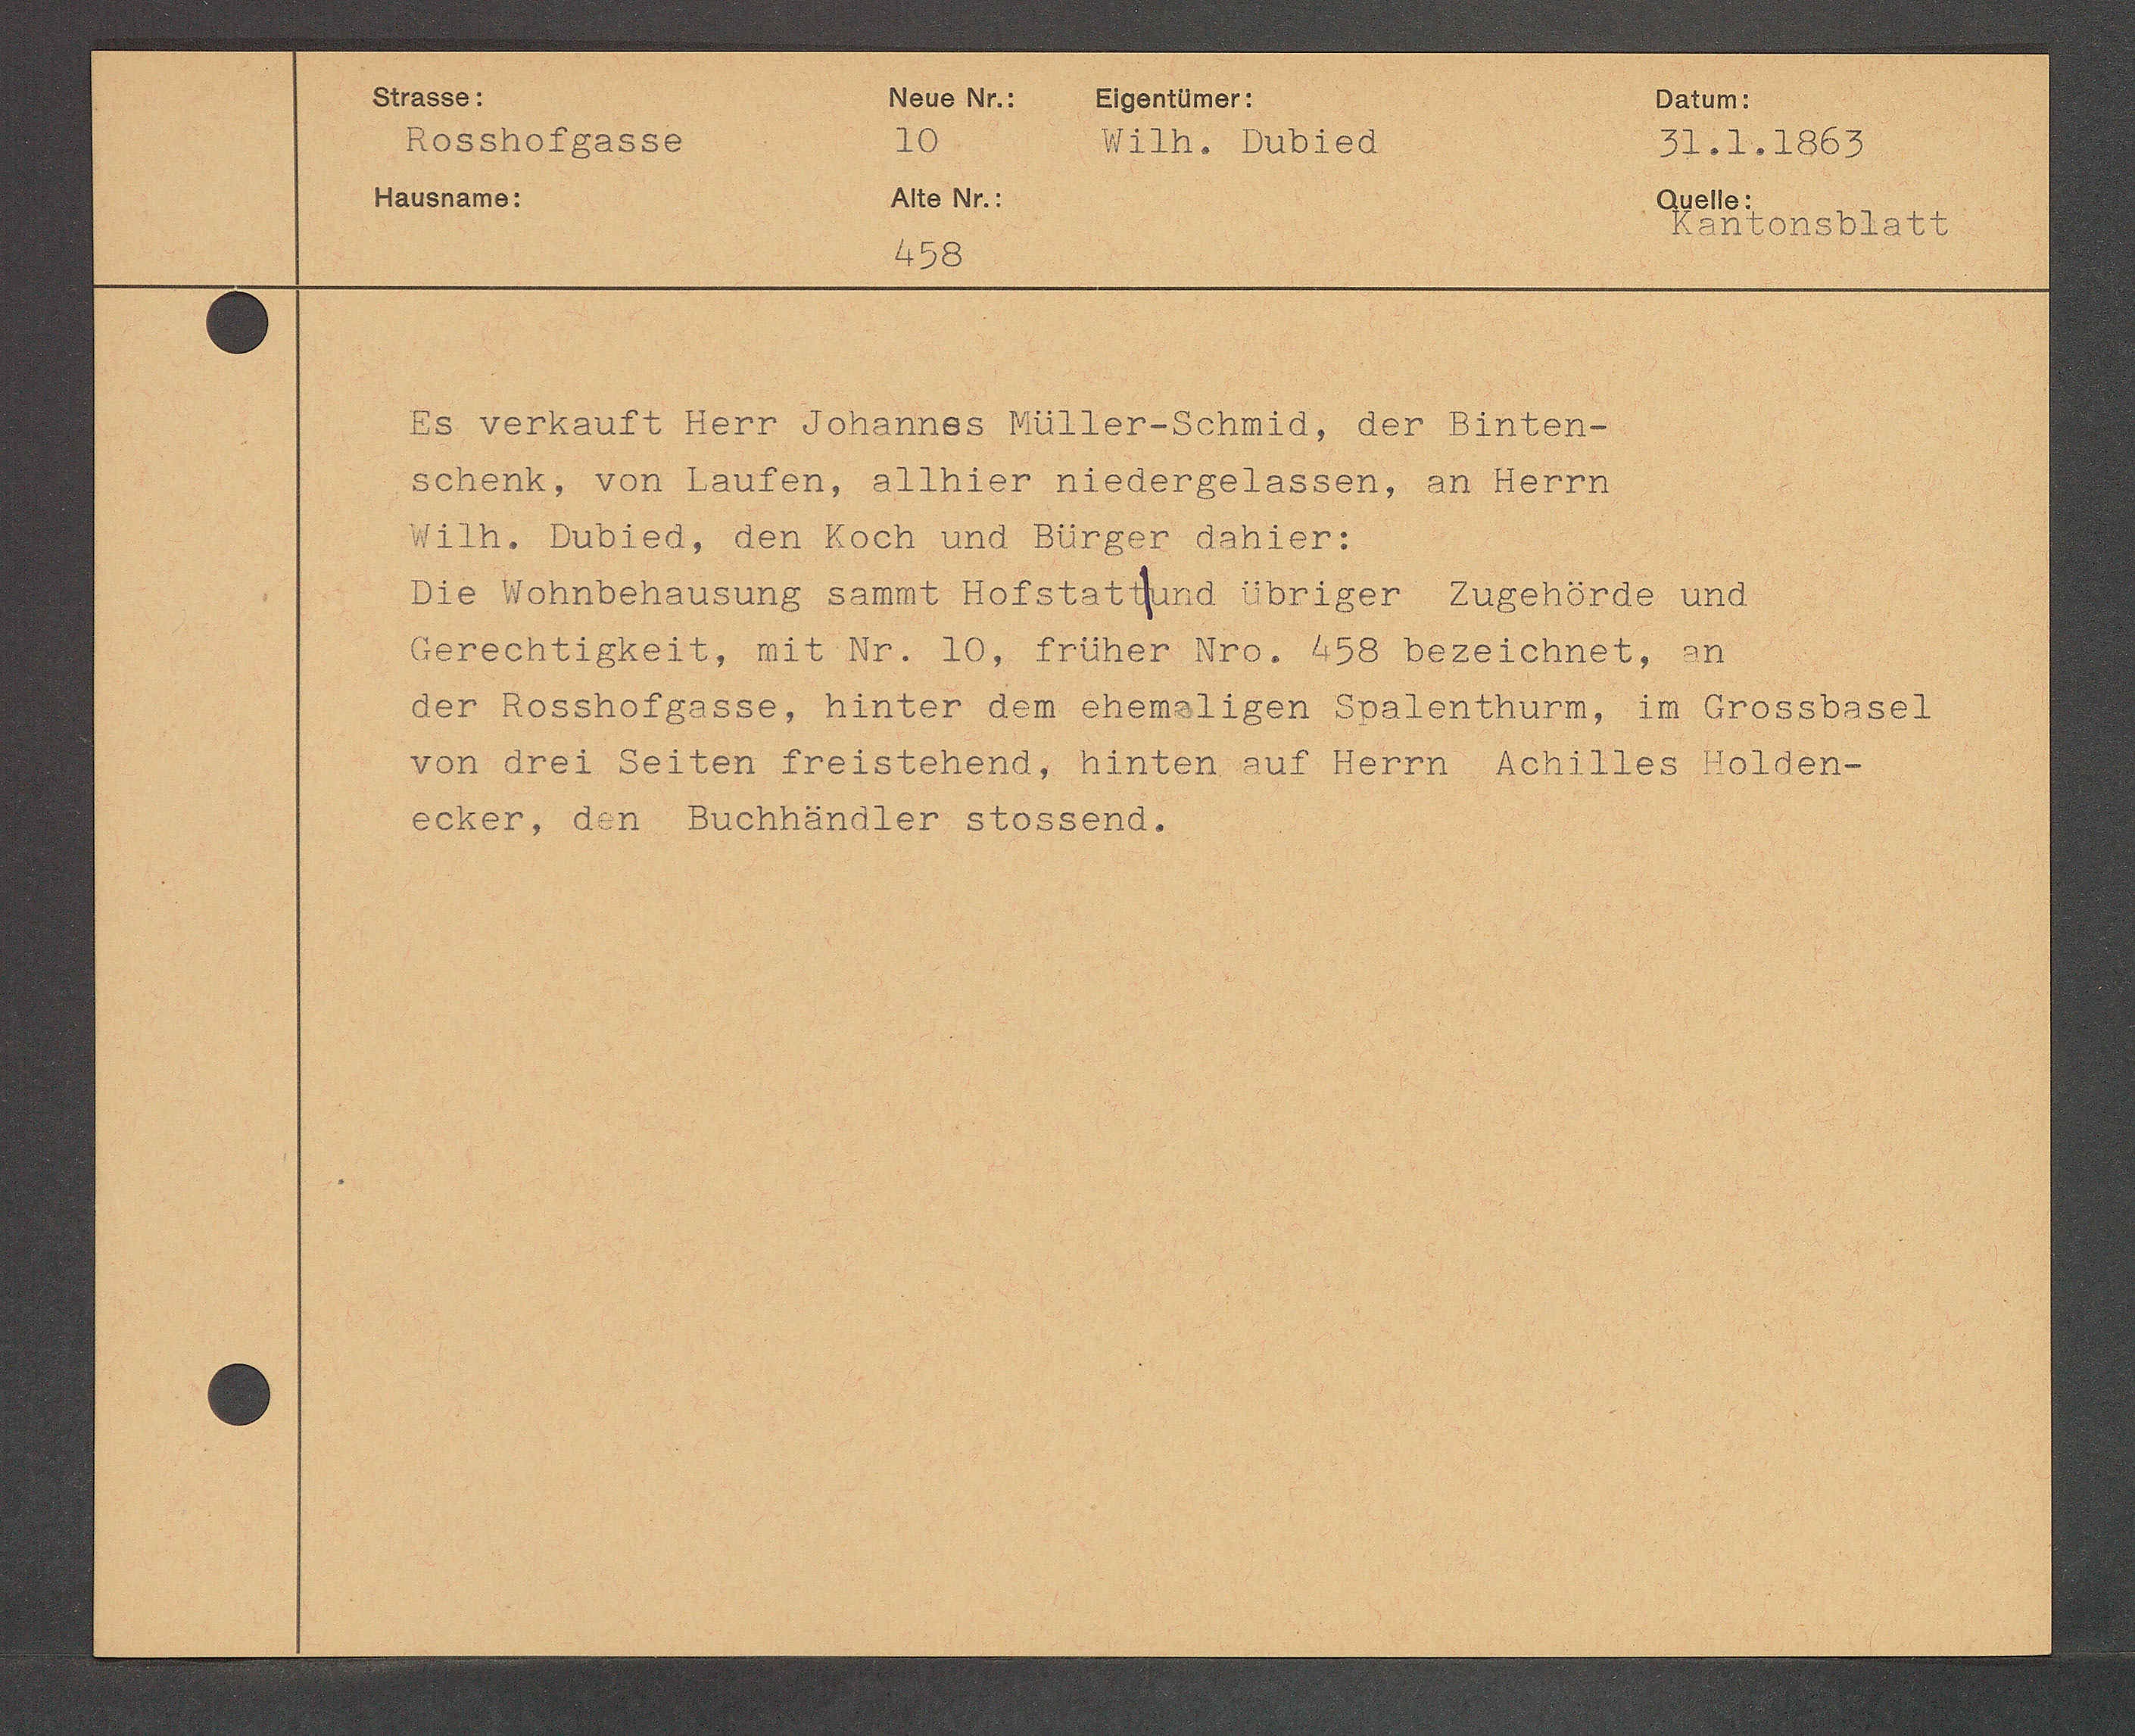
Transcript:
Schent, von laufen, allhier niedergelassen, an Herrn
Die Wohnbehausung sammt Hofstat fund übriger Zugehörde und
Gerechtigkeit, mit Nr. 10, früher Nro. 458 bezeichnet, in
der Rosshofgasse, hinter dem chensligen Spalenthurn, in Grossbasel
von drei seiten Freistehend, hinten auf Herrn schilles Volden¬
Scher, den Buchhändler stossend.